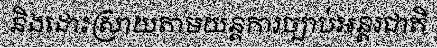
និងដោះស្រាយតាមយន្តការច្បាប់អន្តរជាតិ